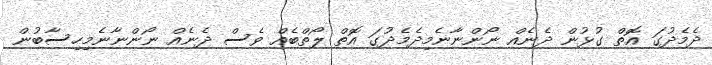
ދެމެދުގަ އޮތް ގުޅުން ދެނެއް ނޯންނާނެމިދެމެދުގަ އޮތް ލޯތްބެއް ވެސް ދެނެއް ނޯންނާނެމިހިސާބުން